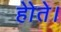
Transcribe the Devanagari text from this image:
होेते।